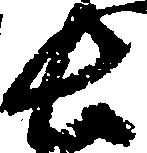
長